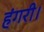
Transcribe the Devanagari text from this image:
हंगरी।